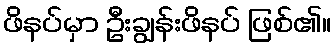
ဖိနပ်မှာ ဦးချွန်းဖိနပ် ဖြစ်၏။